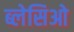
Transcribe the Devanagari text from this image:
ब्लेसिओ